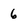
Character: 6